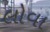
લોવા